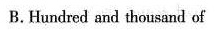
B.Hundred and thousand of